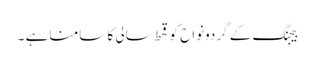
بیجنگ کے گردونواح کو قحط سالی کا سامنا ہے ۔